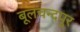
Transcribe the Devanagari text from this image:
बूलचन्दपुर